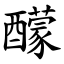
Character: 䤓